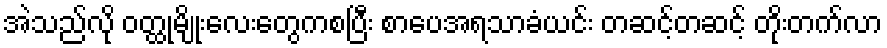
အဲသည်လို ဝတ္ထုမျိုးလေးတွေကစပြီး စာပေအရသာခံယင်း တဆင့်တဆင့် တိုးတက်လာ